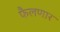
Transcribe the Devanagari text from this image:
फैलणार